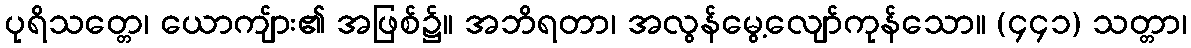
ပုရိသတ္တေ၊ ယောကျ်ား၏ အဖြစ်၌။ အဘိရတာ၊ အလွန်မွေ့လျော်ကုန်သော။ (၄၄၁) သတ္တာ၊